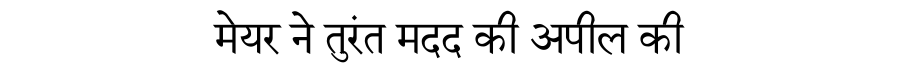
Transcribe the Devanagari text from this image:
मेयर ने तुरंत मदद की अपील की